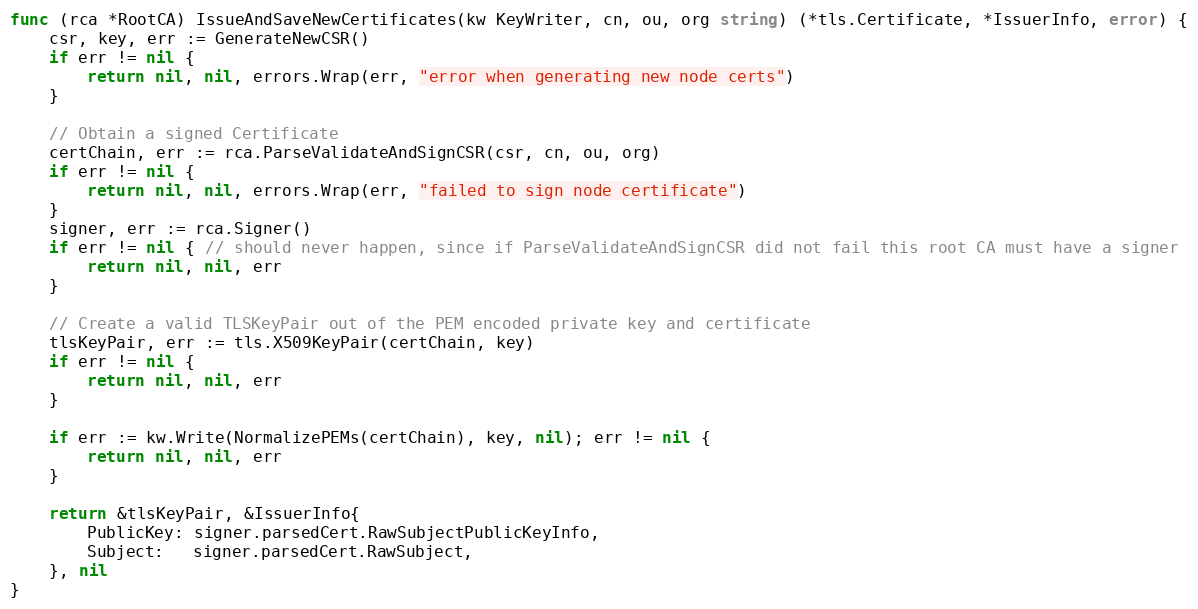
Language: Go
func (rca *RootCA) IssueAndSaveNewCertificates(kw KeyWriter, cn, ou, org string) (*tls.Certificate, *IssuerInfo, error) {
	csr, key, err := GenerateNewCSR()
	if err != nil {
		return nil, nil, errors.Wrap(err, "error when generating new node certs")
	}

	// Obtain a signed Certificate
	certChain, err := rca.ParseValidateAndSignCSR(csr, cn, ou, org)
	if err != nil {
		return nil, nil, errors.Wrap(err, "failed to sign node certificate")
	}
	signer, err := rca.Signer()
	if err != nil { // should never happen, since if ParseValidateAndSignCSR did not fail this root CA must have a signer
		return nil, nil, err
	}

	// Create a valid TLSKeyPair out of the PEM encoded private key and certificate
	tlsKeyPair, err := tls.X509KeyPair(certChain, key)
	if err != nil {
		return nil, nil, err
	}

	if err := kw.Write(NormalizePEMs(certChain), key, nil); err != nil {
		return nil, nil, err
	}

	return &tlsKeyPair, &IssuerInfo{
		PublicKey: signer.parsedCert.RawSubjectPublicKeyInfo,
		Subject:   signer.parsedCert.RawSubject,
	}, nil
}